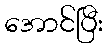
အောင်ပြီး